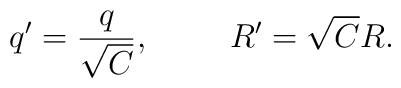
q'=\frac q{\sqrt{C}}, \hspace{1cm} R'= \sqrt{C}R.